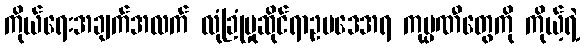
ကိုယ်ရေးအချက်အလက် လုံခြုံမှုဆိုင်ရာဥပဒေအရ ကုမ္ပဏီတွေကို ကိုယ့်ရဲ့